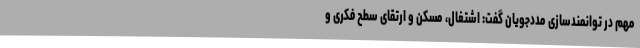
مهم در توانمندسازی مددجویان گفت: اشتغال، مسکن و ارتقای سطح فکری و